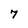
Character: 7